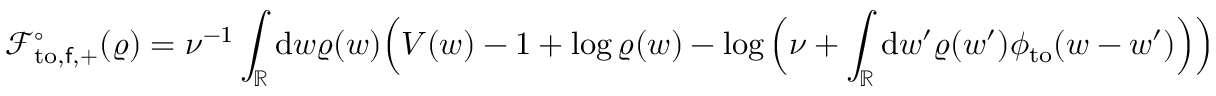
\mathcal { F } _ { \mathrm { t o } , \mathsf { f } , + } ^ { \circ } ( \varrho ) = \nu ^ { - 1 } \int _ { \mathbb { R } } \mathrm { d } w \varrho ( w ) \Big ( V ( w ) - 1 + \log \varrho ( w ) - \log \Big ( \nu + \int _ { \mathbb { R } } \mathrm { d } w ^ { \prime } \varrho ( w ^ { \prime } ) \phi _ { \mathrm { t o } } ( w - w ^ { \prime } ) \Big ) \Big )